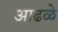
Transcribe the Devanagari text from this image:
आढळे